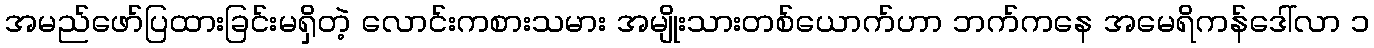
အမည်ဖော်ပြထားခြင်းမရှိတဲ့ လောင်းကစားသမား အမျိုးသားတစ်ယောက်ဟာ ဘက်ကနေ အမေရိကန်ဒေါ်လာ ၁